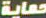
حماية